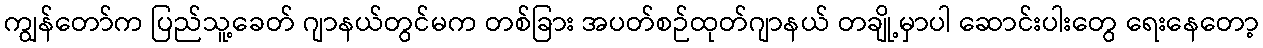
ကျွန်တော်က ပြည်သူ့ခေတ် ဂျာနယ်တွင်မက တစ်ခြား အပတ်စဉ်ထုတ်ဂျာနယ် တချို့မှာပါ ဆောင်းပါးတွေ ရေးနေတော့